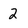
Character: 2